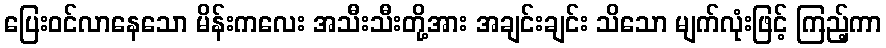
ပြေးဝင်လာနေသော မိန်းကလေး အသီးသီးတို့အား အချင်းချင်း သိသော မျက်လုံးဖြင့် ကြည့်ကာ